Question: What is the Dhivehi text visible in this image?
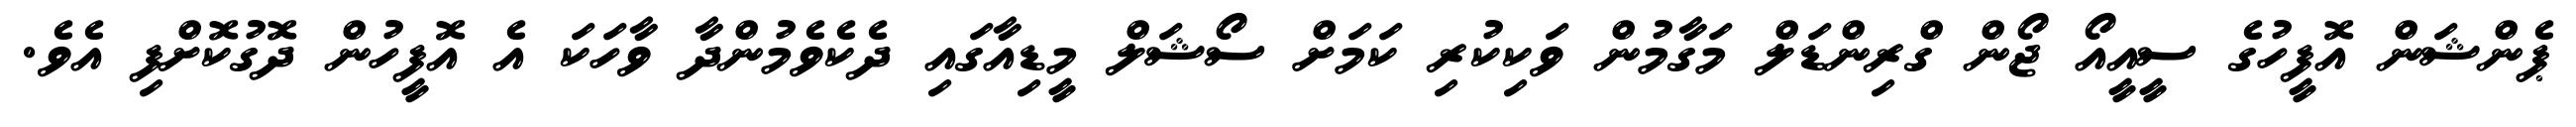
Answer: ޕެންޝަން އޮފީހުގެ ސީއީއޯ ޖޯން ގްރިންޑަލް މަގާމުން ވަކިކުރި ކަމަށް ސޯޝަލް މީޑިއާގައި ދެކެވެމުންދާ ވާހަކަ އެ އޮފީހުން ދޮގުކޮށްފި އެވެ.